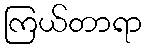
ကြယ်တာရာ